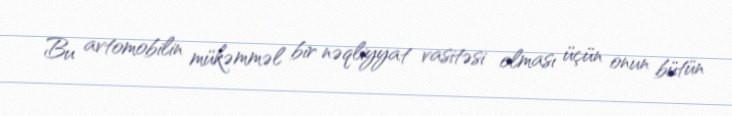
Bu avtomobilin mükəmməl bir nəqliyyat vasitəsi olması üçün onun bütün